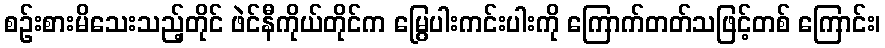
စဉ်းစားမိသေးသည့်တိုင် ဖဲင်နီကိုယ်တိုင်က မြွေပါးကင်းပါးကို ကြောက်တတ်သဖြင့်တစ် ကြောင်း၊